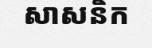
សាសនិក